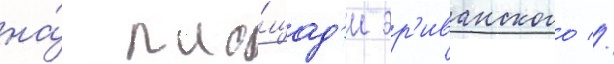
на́ пло́щад'и эр'иванского //